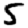
Digit: 5